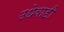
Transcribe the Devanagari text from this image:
उधेवाडी